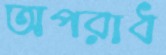
অপরাধ